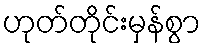
ဟုတ်တိုင်းမှန်စွာ